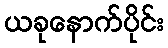
ယခုနောက်ပိုင်း